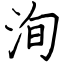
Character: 洵